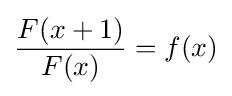
{\frac {F(x+1)}{F(x)}}=f(x)